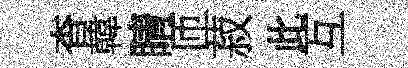
杳韓睛匝菽此互